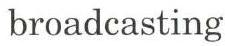
broadcasting